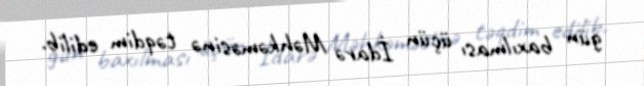
gün baxılması üçün İdarə Məhkəməsinə təqdim edilib.